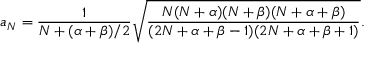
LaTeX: a _ { N } = { \frac { 1 } { N + ( \alpha + \beta ) / 2 } } \sqrt { { \frac { N ( N + \alpha ) ( N + \beta ) ( N + \alpha + \beta ) } { ( 2 N + \alpha + \beta - 1 ) ( 2 N + \alpha + \beta + 1 ) } } } .